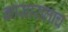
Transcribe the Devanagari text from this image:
कासारालाच